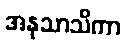
အနုသာသိကာ